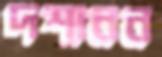
দশানন